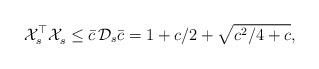
LaTeX: \begin{align*} \mathcal{X}_s^\top \mathcal{X}_s^{} & \le \bar{c} \, \mathcal{D}_s \bar{c} = 1 + c/2 + \sqrt{c^2/4 + c},\end{align*}